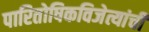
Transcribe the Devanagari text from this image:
पारितोषिकविजेत्यांची